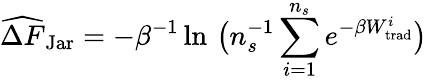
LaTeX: \widehat{\Delta F}_{\mathrm{Jar}}=-\beta^{-1}\ln\, \big(n_{s}^{-1}\sum_{i=1}^{n_{s}}e^{-\beta W_{\mathrm{trad}}^{i}}\big)